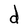
Character: d